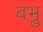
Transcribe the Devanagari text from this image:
बभ्रु